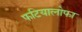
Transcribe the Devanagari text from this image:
फटियालोफा